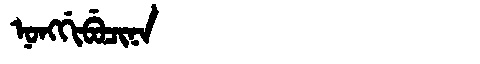
Manchu: ᠨᠣᠩᡤᡳᠪᡠᠴᡳᠨᠠ
Romanization: NONGGIBUCINA